Leaving Certificate Examination (including Day School Certificate (Higher) General paper), 1936
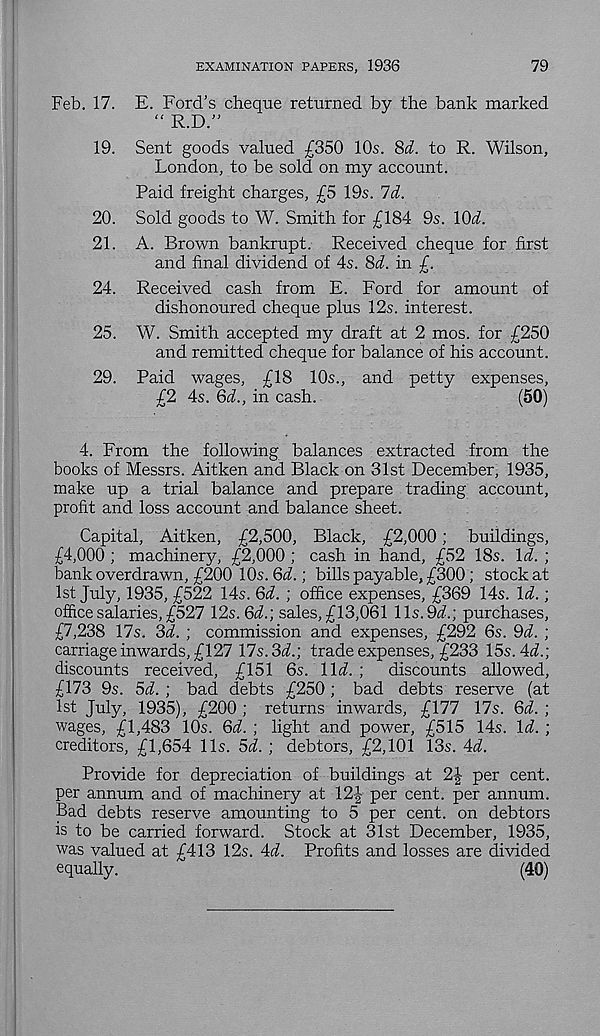
EXAMINATION PAPERS, 1936
79
Feb. 17. E. Ford’s cheque returned by the bank marked
“ R.D.”
19. Sent goods valued £350 10s. 8d to R. Wilson,
London, to be sold on my account.
Paid freight charges, £5 19s. Id.
20. Sold goods to W. Smith for £184 9s. lOi.
21. A. Brown bankrupt. Received cheque for first
and final dividend of 4s. 8d in £.
24. Received cash from E. Ford for amount of
dishonoured cheque plus 12s. interest.
25. W. Smith accepted my draft at 2 mos. for £250
and remitted cheque for balance of his account.
29. Paid wages, £18 10s., and petty expenses,
£2 4s. Qd., in cash.
(50)
4. From the following balances extracted from the
books of Messrs. Aitken and Black on 31st December, 1935,
make up a trial balance and prepare trading account,
profit and loss account and balance sheet.
Capital, Aitken, £2,500, Black, £2,000; buildings,
£4,000 ; machinery, £2,000 ; cash in hand, £52 18s. \d. ;
bank overdrawn, £200 10s. Qd.; bills payable, £300; stock at
1st July, 1935, £522 14s. Qd. ; office expenses, £369 14s. \d.;
office salaries, £527 12s. Qd.) sales, £13,061 11s. 9^.; purchases,
£7,238 17s. 3i. ; commission and expenses, £292 6s. 9d. ;
carriage inwards, £127 lls.Sd.) trade expenses, £233 15s. Ad.]
discounts received, £151 6s. \ld. ;
discounts allowed,
£173 9s. 5d. ; bad debts £250; bad debts reserve (at
1st July, 1935), £200 ; returns inwards, £177 17s. Qd. ;
wages, £1,483 10s. Qd. ; light and power, £515 14s. Id. ;
creditors, £1,654 11s. 5i. ; debtors, £2,101 13s. Ad.
Provide for depreciation of buildings at 2| per cent,
per annum and of machinery at 12|- per cent, per annum.
Bad debts reserve amounting to 5 per cent, on debtors
is to be carried forward. Stock at 31st December, 1935,
was valued at £413 12s. Ad. Profits and losses are divided
equally.
(40)